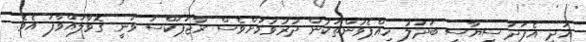
އަދި އެފަދަ ސިޔާސީ ބަދަލު ހިއްޕެވުންތަކުން ދުރުވުމަށްވެސް ރާޖަޕަކްސަ ވަނީ ގޮވާލައްވާފަ އެވެ.